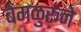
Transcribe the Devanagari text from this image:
बेंगळुरूने